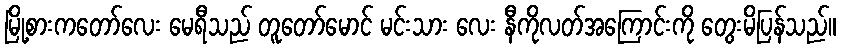
မြို့စားကတော်လေး မေရီသည် တူတော်မောင် မင်းသား လေး နီကိုလတ်အကြောင်းကို တွေးမိပြန်သည်။